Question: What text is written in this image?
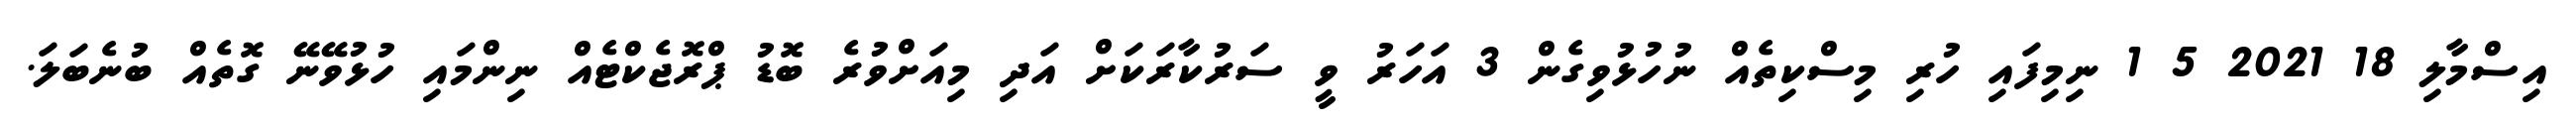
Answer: އިސްމާލި 18 2021 5 1 ނިމިފައި ހުރި މިސްކިތެއް ނުހުޅުވިގެން 3 އަހަރު ވީ ސަރުކާރަކަށް އަދި މިއަށްވުރެ ބޮޑު ޕްރޮޖެކްޓެއް ނިންމައި ހުޅުވޭނޭ ގޮތެއް ބުނެބަލަ.